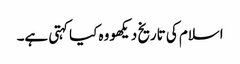
اسلام کی تاریخ دیکھو وہ کیا کہتی ہے۔